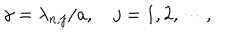
LaTeX: \gamma = \lambda _ { n , j } / a , \quad j = 1 , 2 , \cdots ,